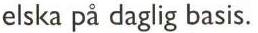
elska på daglig basis.